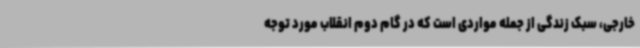
خارجی، سبک زندگی از جمله مواردی است که در گام دوم انقلاب مورد توجه